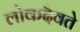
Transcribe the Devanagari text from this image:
लोकदैवते